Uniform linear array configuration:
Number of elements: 16
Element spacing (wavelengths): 0.75
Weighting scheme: kaiser
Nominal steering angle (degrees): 60
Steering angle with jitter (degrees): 61.977
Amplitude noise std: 0.05
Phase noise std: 0.05

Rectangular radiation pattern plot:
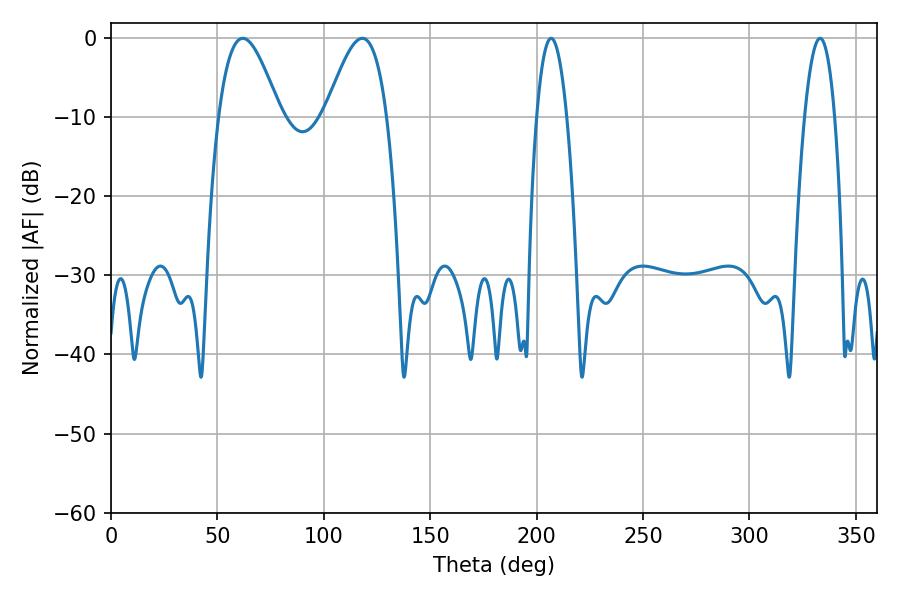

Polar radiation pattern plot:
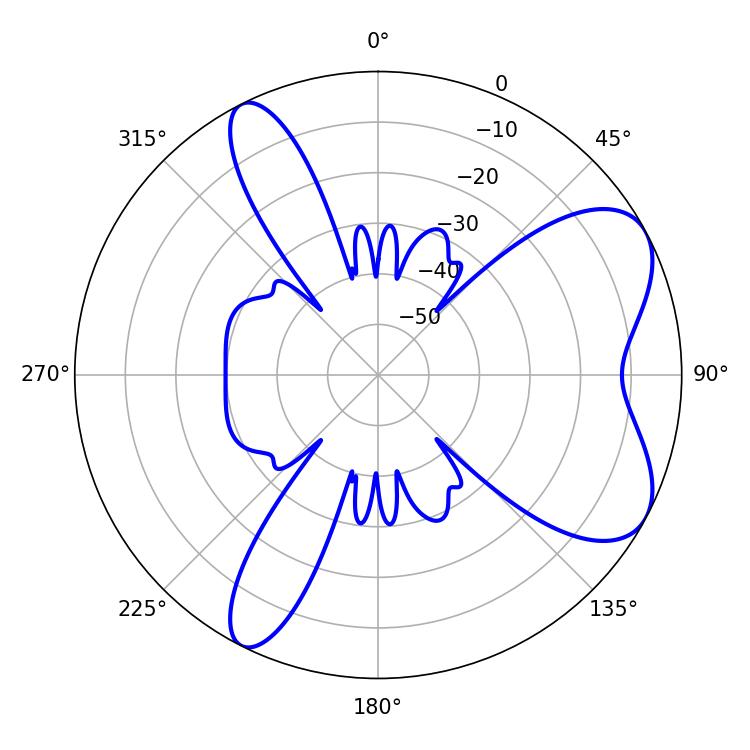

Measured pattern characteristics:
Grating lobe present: TRUE
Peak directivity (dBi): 6.839
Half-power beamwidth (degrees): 15.48
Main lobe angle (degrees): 61.92